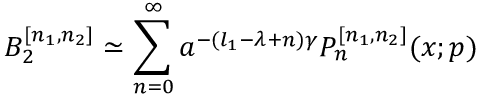
B _ { 2 } ^ { [ n _ { 1 } , n _ { 2 } ] } \simeq \sum _ { n = 0 } ^ { \infty } a ^ { - ( l _ { 1 } - \lambda + n ) \gamma } P _ { n } ^ { [ n _ { 1 } , n _ { 2 } ] } ( x ; p )